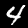
Digit: 4